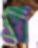
গ্ল